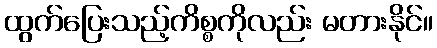
ထွက်ပြေးသည့်ကိစ္စကိုလည်း မတားနိုင်။